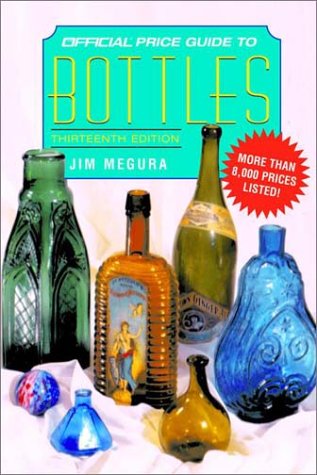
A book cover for The Official Price Guide to Bottles, 13th Edition; Jim Megura; Crafts, Hobbies & Home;